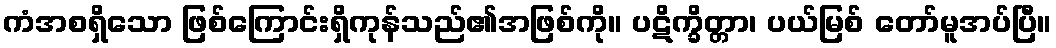
ကံအစရှိသော ဖြစ်ကြောင်းရှိကုန်သည်၏အဖြစ်ကို။ ပဋိက္ခိတ္တာ၊ ပယ်မြစ် တော်မူအပ်ပြီ။